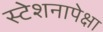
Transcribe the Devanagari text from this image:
स्टेशनापेक्षा